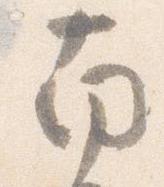
南